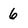
Character: 6